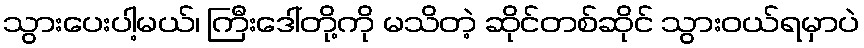
သွားပေးပါ့မယ်၊ ကြီးဒေါ်တို့ကို မသိတဲ့ ဆိုင်တစ်ဆိုင် သွားဝယ်ရမှာပဲ